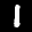
Label: 1